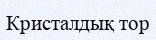
Кристалдық тор